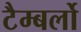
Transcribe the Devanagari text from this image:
टैम्बर्लो